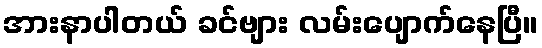
အားနာပါတယ် ခင်ဗျား လမ်းပျောက်နေပြီ။